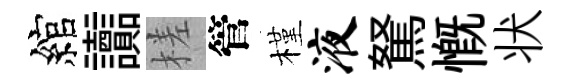
綰讟槎管槿液駑慨状